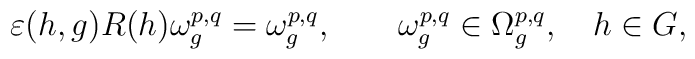
\varepsilon (h,g) R(h)\omega_g^{p,q} = \omega_g^{p,q} , \qquad\omega_g^{p,q}\in \Omega^{p,q}_g,\quad h\in G,